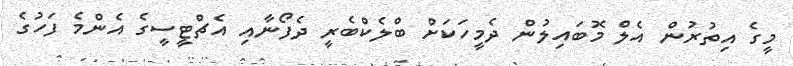
މީގެ އިތުރުން އެލް މޮބައިލުން ދެމީހަކަށް ބްލެކްބެރީ ދެފޯނާއި އެޗްޓީސީގެ އެންމެ ފަހުގެ